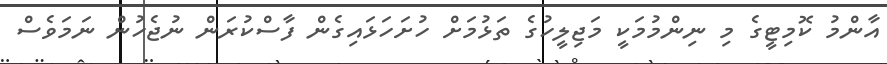
އާންމު ކޮމިޓީގެ މި ނިންމުމަކީ މަޖިލީހުގެ ތަޅުމަށް ހުށަހަޅައިގެން ފާސްކުރަން ނުޖެހުން ނަމަވެސް